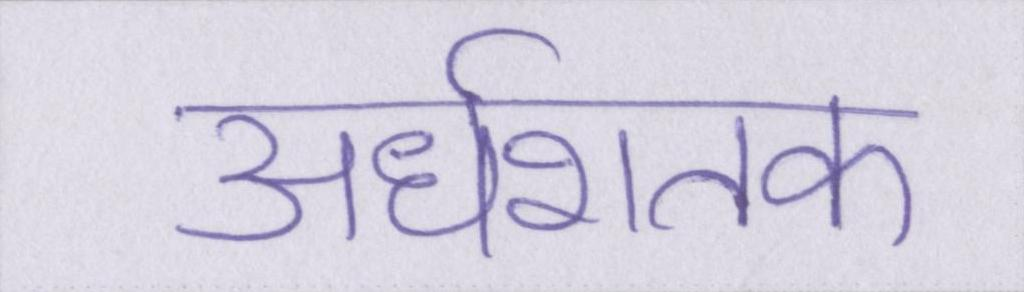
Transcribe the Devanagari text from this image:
अर्धशतक